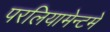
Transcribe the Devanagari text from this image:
परलियामेन्टमे